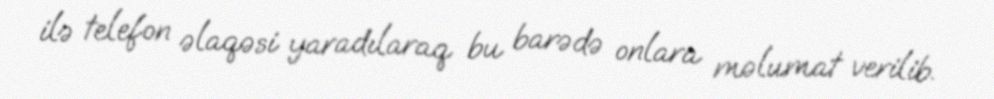
ilə telefon əlaqəsi yaradılaraq bu barədə onlara məlumat verilib.